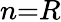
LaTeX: n{=}R